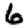
Digit: 6